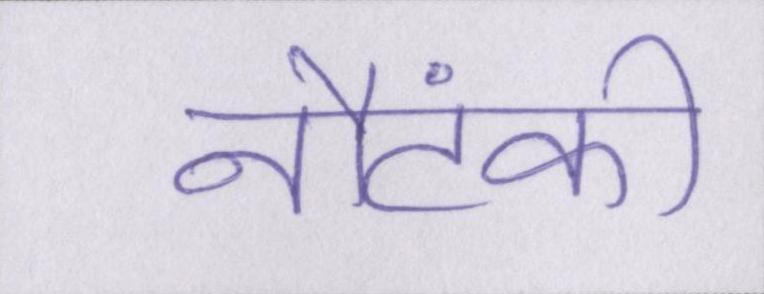
नौटंकी